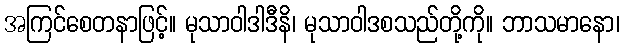
အကြင်စေတနာဖြင့်။ မုသာဝါဒါဒီနိ၊ မုသာဝါဒစသည်တို့ကို။ ဘာသမာနော၊